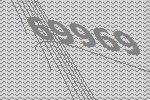
69969